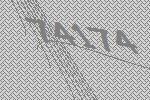
74174